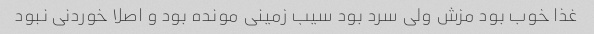
غذا خوب بود مزش ولی سرد بود سیب زمینی مونده بود و اصلا خوردنی نبود